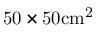
\mathrm { 5 0 \times 5 0 c m ^ { 2 } }